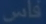
فانس